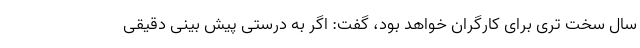
سال سخت تری برای کارگران خواهد بود، گفت: اگر به درستی پیش بینی دقیقی